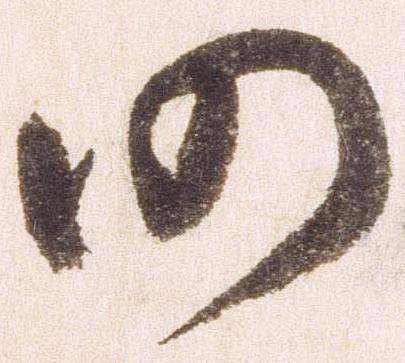
仍